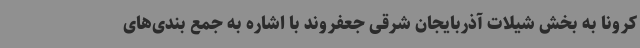
کرونا به بخش شیلات آذربایجان شرقی جعفروند با اشاره به جمع بندی‌های